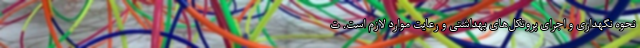
نحوه نگهداری و اجرای پروتکل‌های بهداشتی و رعایت موارد لازم است. ت